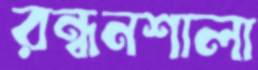
রন্ধনশালা